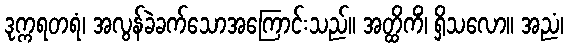
ဒုက္ကရတရံ၊ အလွန်ခဲခက်သောအကြောင်းသည်။ အတ္ထိကိံ၊ ရှိသလော။ အညံ၊